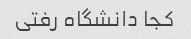
کجا دانشگاه رفتی